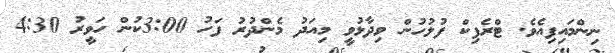
ނިންމައިފިއެވެ. ޓްރެފިކް ފުލުހުން ވިދާޅުވީ މިއަދު މެންދުރު ފަހު 3:00ކުން ހަވީރު 4:30